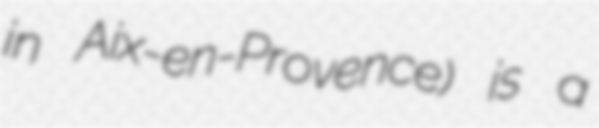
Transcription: in Aix-en-Provence) is a